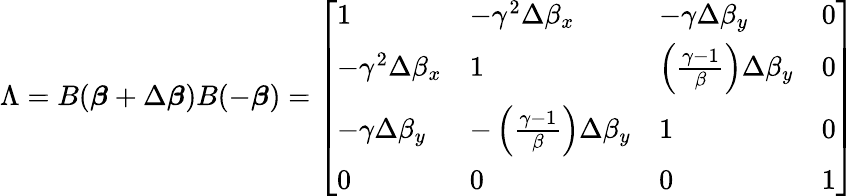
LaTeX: \Lambda=B({\boldsymbol{\beta}}+\Delta{\boldsymbol{\beta}})B(-{\boldsymbol{\beta}})={\left[\begin{array}{llll}{1}&{-\gamma^{2}\Delta\beta_{x}}&{-\gamma\Delta\beta_{y}}&{0}\\ {-\gamma^{2}\Delta\beta_{x}}&{1}&{\left({\frac{\gamma-1}{\beta}}\right)\Delta\beta_{y}}&{0}\\ {-\gamma\Delta\beta_{y}}&{-\left({\frac{\gamma-1}{\beta}}\right)\Delta\beta_{y}}&{1}&{0}\\ {0}&{0}&{0}&{1}\end{array}\right]}